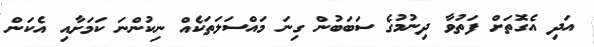
އަދި އެގޮތަށް ފަތުވާ ދިނުމުގެ ސަބަބުން ގިނަ މައްސަލަތަކެއް ނިކުންނަ ކަމަށާއި އެކަން